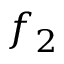
f _ { 2 }